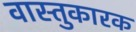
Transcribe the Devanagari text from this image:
वास्तुकारक